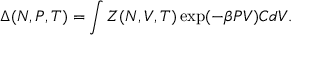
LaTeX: \Delta ( N , P , T ) = \int Z ( N , V , T ) \exp ( - \beta P V ) C d V . \,